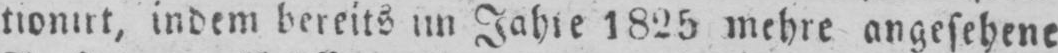
tionirt, indem bereits im Jahre 1825 mehre angesehene